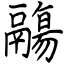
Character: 鬺